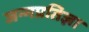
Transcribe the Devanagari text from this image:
जन्मप्रतिज्ञा